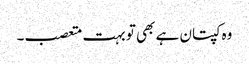
وہ کپتان ہے بھی تو بہت متعصب۔